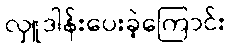
လှူဒါန်းပေးခဲ့ကြောင်း